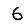
Digit: 6